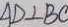
A D \bot B C